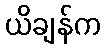
ယိချန်က